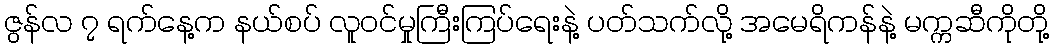
ဇွန်လ ၇ ရက်နေ့က နယ်စပ် လူဝင်မှုကြီးကြပ်ရေးနဲ့ ပတ်သက်လို့ အမေရိကန်နဲ့ မက္ကဆီကိုတို့